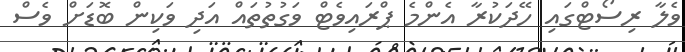
ވެލާ ރިސޯޓްގައި ހޭދަކުރާ އެންމެ ޕްރައިވެޓް ވަގުތުތައް އަދި ވަކިން ބޮޑަށް ވެސް